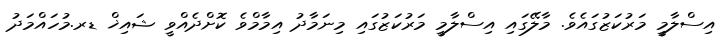
އިސްލާމީ މަރުކަޒުގައެވެ. މާލޭގައި އިސްލާމީ މަރުކަޒުގައި މިނަމާދު އިމާމްވެ ކޮށްދެއްވީ ޝައިޚް ޑރ.މުހައްމަދު